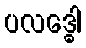
ပလဒ္ဓေါ